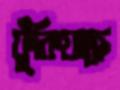
ফুঁকিয়াছে